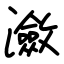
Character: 瀲